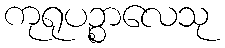
ကုရုပဉ္စာလေသု